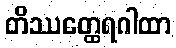
တိဿတ္ထေရဂါထာ